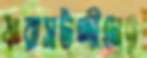
ফরাসউদ্দীনের